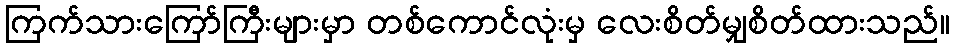
ကြက်သားကြော်ကြီးများမှာ တစ်ကောင်လုံးမှ လေးစိတ်မျှစိတ်ထားသည်။